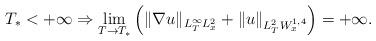
LaTeX: \begin{align*}T_*<+\infty \Rightarrow \lim_{T\to T_*}\Big(\|\nabla u\|_{L^{\infty}_TL^2_x}+\|u\|_{L^2_TW^{1,4}_x}\Big)=+\infty.\end{align*}